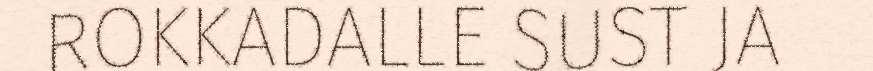
ROKKADALLE SUST JA